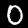
Digit: 0